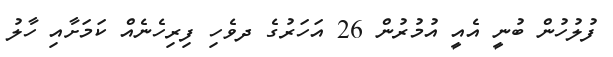
ފުލުހުން ބުނީ އެއީ އުމުރުން 26 އަހަރުގެ ދވެހި ފިރިހެނެއް ކަމަށާއި ހާލު